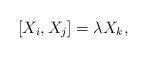
LaTeX: \begin{align*}[X_i,X_j] = \lambda X_k,\end{align*}